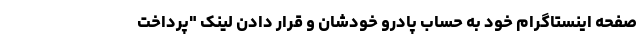
صفحه اینستاگرام خود به حساب پادرو خودشان و قرار دادن لینک "پرداخت